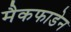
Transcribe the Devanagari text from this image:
मैकफाडेन